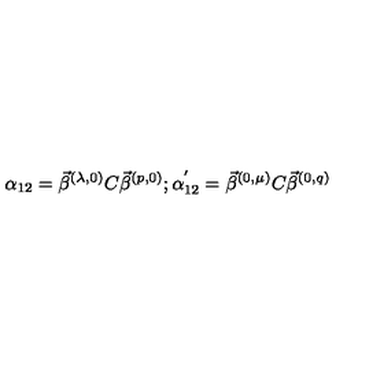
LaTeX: \alpha _ { 1 2 } = \vec { \beta } ^ { ( \lambda , 0 ) } C \vec { \beta } ^ { ( p , 0 ) } ; \alpha _ { 1 2 } ^ { ' } = \vec { \beta } ^ { ( 0 , \mu ) } C \vec { \beta } ^ { ( 0 , q ) }